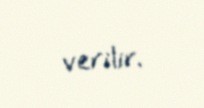
verilir.